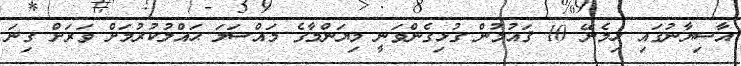
އާސިޔާނުގައި ހިމެނޭ 10 ޤައުމުން ގުޅިގެންވަނީ މިޔަންމާގެ މައްސަލަ ޙައްލުކުރުމަށް ވަރަށް ގިނަ